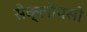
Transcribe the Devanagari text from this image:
सैक्लोपसो